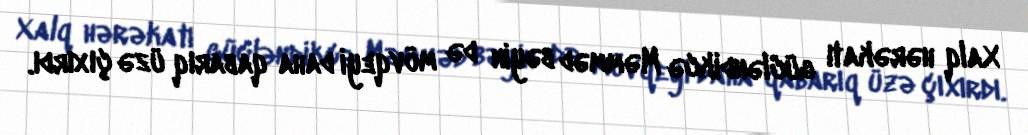
Xalq hərəkatı gücləndikcə Məmməd bəyin də mövqeyi daha qabarıq üzə çıxırdı.